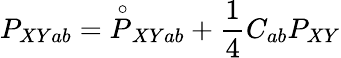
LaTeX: P_{XYab}=\stackrel{\circ}{P}_{XYab}+{\frac{1}{4}}C_{ab}P_{XY}